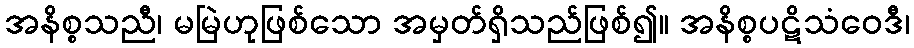
အနိစ္စသညီ၊ မမြဲဟုဖြစ်သော အမှတ်ရှိသည်ဖြစ်၍။ အနိစ္စပဋိသံဝေဒီ၊